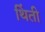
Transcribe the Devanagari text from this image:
थिंती